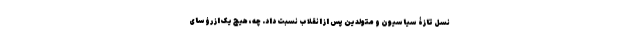
نسل تازۀ سیاسیون و متولدین پس از انقلاب نسبت داد. چه، هیچ یک از رؤسای